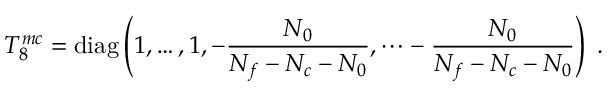
T _ { 8 } ^ { m c } = \mathrm { d i a g } \left( 1 , \dots , 1 , - \frac { N _ { 0 } } { N _ { f } - N _ { c } - N _ { 0 } } , \dots - \frac { N _ { 0 } } { N _ { f } - N _ { c } - N _ { 0 } } \right) \; .